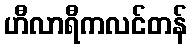
ဟီလာရီကလင်တန်